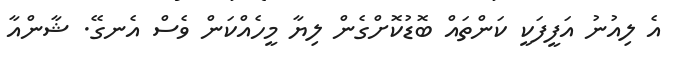
އެ ލިއުނު އަފީފަކީ ކަންތައް ބޮޑުކޮށްގެން ލިޔާ މީހެއްކަން ވެސް އެނގޭ. ޝާންއާ